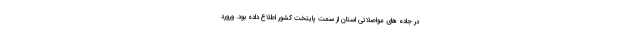
در جاده های مواصلاتی استان از سمت پایتخت کشور اطلاع داده بود. ورورد